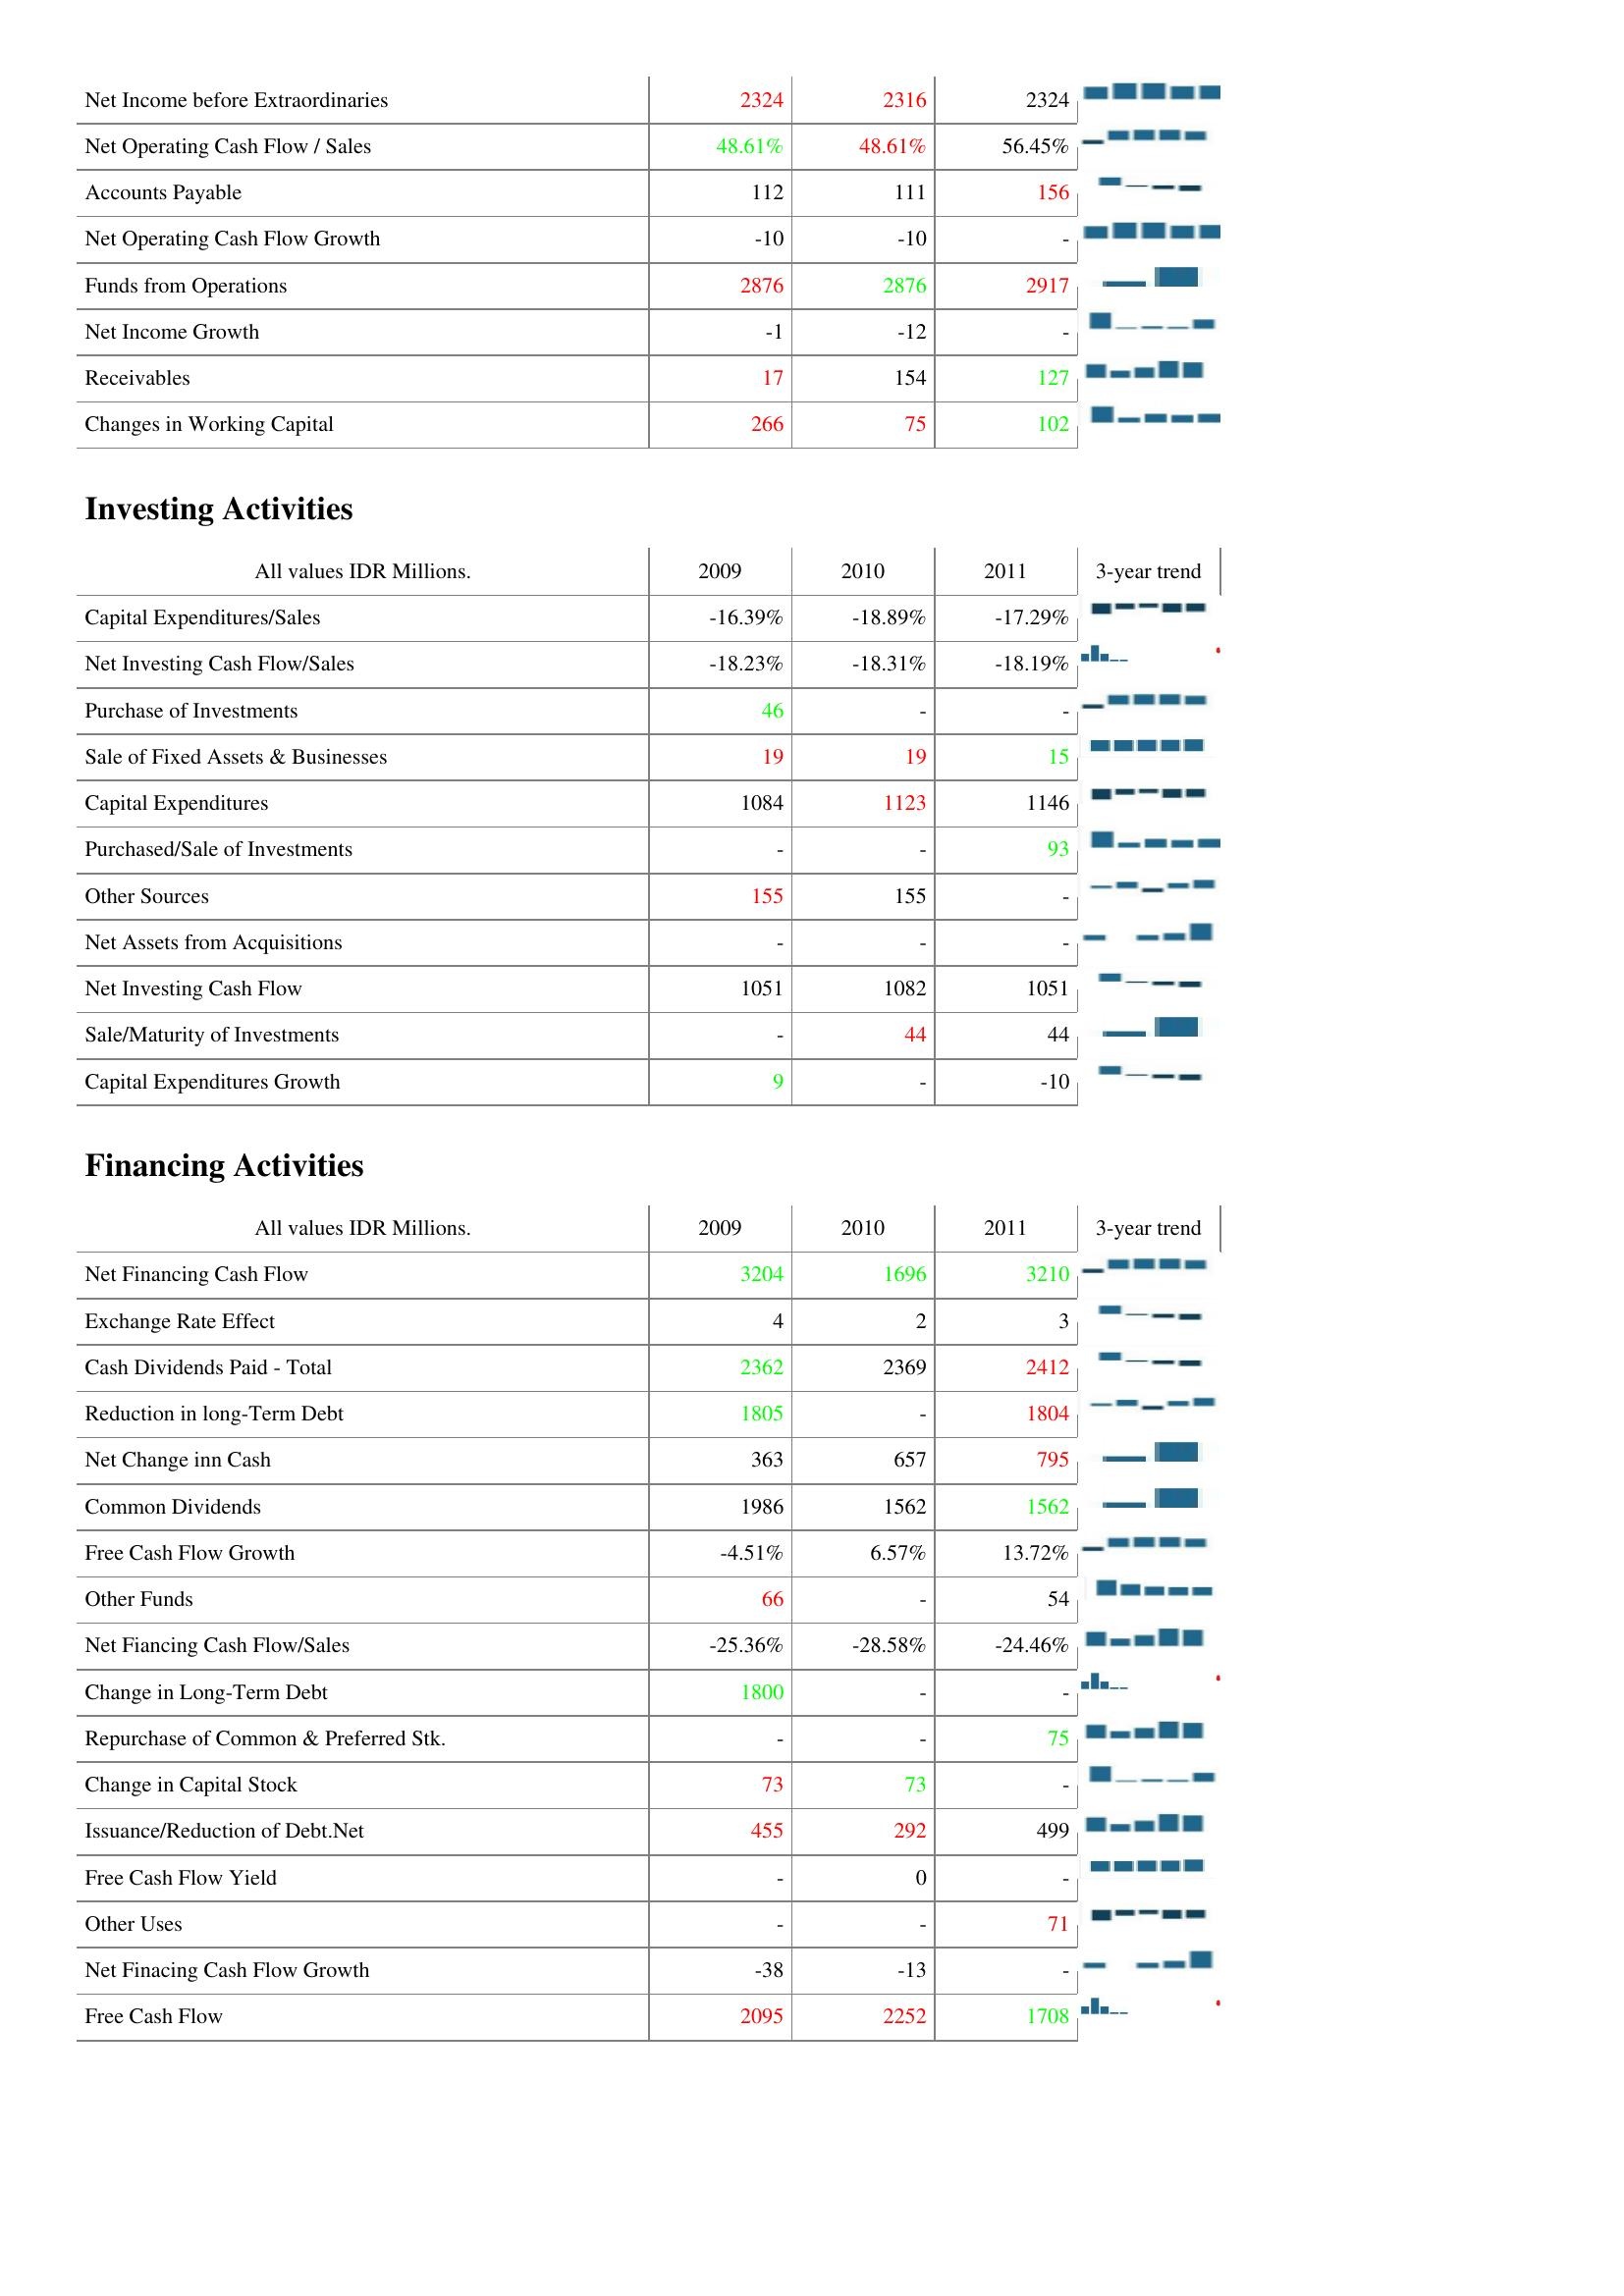
2009: Operating Activities: Net Income before Extraordinaries: 2324
Net Operating Cash Flow / Sales: 48.61%
Accounts Payable: 112
Net Operating Cash Flow Growth: -10
Funds from Operations: 2876
Net Income Growth: -1
Receivables: 17
Changes in Working Capital: 266
Investing Activities: Capital Expenditures/Sales: -16.39%
Net Investing Cash Flow/Sales: -18.23%
Purchase of Investments: 46
Sale of Fixed Assets & Businesses: 19
Capital Expenditures: 1084
Purchased/Sale of Investments: -
Other Sources: 155
Net Assets from Acquisitions: -
Net Investing Cash Flow: 1051
Sale/Maturity of Investments: -
Capital Expenditures Growth: 9
Financing Activities: Net Financing Cash Flow: 3204
Exchange Rate Effect: 4
Cash Dividends Paid - Total: 2362
Reduction in long-Term Debt: 1805
Net Change inn Cash: 363
Common Dividends: 1986
Free Cash Flow Growth: -4.51%
Other Funds: 66
Net Fiancing Cash Flow/Sales: -25.36%
Change in Long-Term Debt: 1800
Repurchase of Common & Preferred Stk.: -
Change in Capital Stock: 73
Issuance/Reduction of Debt.Net: 455
Free Cash Flow Yield: -
Other Uses: -
Net Finacing Cash Flow Growth: -38
Free Cash Flow: 2095
2010: Operating Activities: Net Income before Extraordinaries: 2316
Net Operating Cash Flow / Sales: 48.61%
Accounts Payable: 111
Net Operating Cash Flow Growth: -10
Funds from Operations: 2876
Net Income Growth: -12
Receivables: 154
Changes in Working Capital: 75
Investing Activities: Capital Expenditures/Sales: -18.89%
Net Investing Cash Flow/Sales: -18.31%
Purchase of Investments: -
Sale of Fixed Assets & Businesses: 19
Capital Expenditures: 1123
Purchased/Sale of Investments: -
Other Sources: 155
Net Assets from Acquisitions: -
Net Investing Cash Flow: 1082
Sale/Maturity of Investments: 44
Capital Expenditures Growth: -
Financing Activities: Net Financing Cash Flow: 1696
Exchange Rate Effect: 2
Cash Dividends Paid - Total: 2369
Reduction in long-Term Debt: -
Net Change inn Cash: 657
Common Dividends: 1562
Free Cash Flow Growth: 6.57%
Other Funds: -
Net Fiancing Cash Flow/Sales: -28.58%
Change in Long-Term Debt: -
Repurchase of Common & Preferred Stk.: -
Change in Capital Stock: 73
Issuance/Reduction of Debt.Net: 292
Free Cash Flow Yield: 0
Other Uses: -
Net Finacing Cash Flow Growth: -13
Free Cash Flow: 2252
2011: Operating Activities: Net Income before Extraordinaries: 2324
Net Operating Cash Flow / Sales: 56.45%
Accounts Payable: 156
Net Operating Cash Flow Growth: -
Funds from Operations: 2917
Net Income Growth: -
Receivables: 127
Changes in Working Capital: 102
Investing Activities: Capital Expenditures/Sales: -17.29%
Net Investing Cash Flow/Sales: -18.19%
Purchase of Investments: -
Sale of Fixed Assets & Businesses: 15
Capital Expenditures: 1146
Purchased/Sale of Investments: 93
Other Sources: -
Net Assets from Acquisitions: -
Net Investing Cash Flow: 1051
Sale/Maturity of Investments: 44
Capital Expenditures Growth: -10
Financing Activities: Net Financing Cash Flow: 3210
Exchange Rate Effect: 3
Cash Dividends Paid - Total: 2412
Reduction in long-Term Debt: 1804
Net Change inn Cash: 795
Common Dividends: 1562
Free Cash Flow Growth: 13.72%
Other Funds: 54
Net Fiancing Cash Flow/Sales: -24.46%
Change in Long-Term Debt: -
Repurchase of Common & Preferred Stk.: 75
Change in Capital Stock: -
Issuance/Reduction of Debt.Net: 499
Free Cash Flow Yield: -
Other Uses: 71
Net Finacing Cash Flow Growth: -
Free Cash Flow: 1708